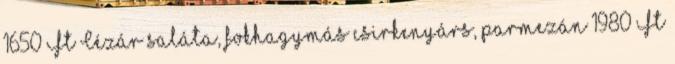
1650 Ft Cézár saláta, fokhagymás csirkenyárs, parmezán 1980 Ft